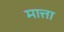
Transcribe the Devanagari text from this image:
मात्ता